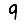
Digit: 9